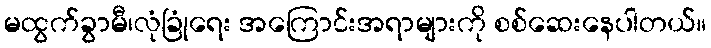
မထွက်ခွာမီ၊လုံခြုံရေး အကြောင်းအရာများကို စစ်ဆေးနေပါတယ်။